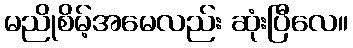
မညိုစိမ့်အမေလည်း ဆုံးပြီလေ။